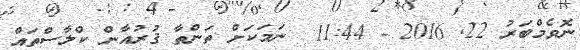
ނޮވެމްބަރު 22